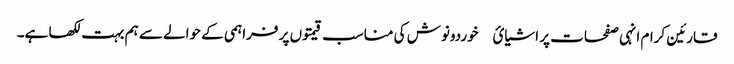
قارئین کرام انہی صفحات پر اشیائ￿ خوردونوش کی مناسب قیمتوں پر فراہمی کے حوالے سے ہم بہت لکھا ہے۔